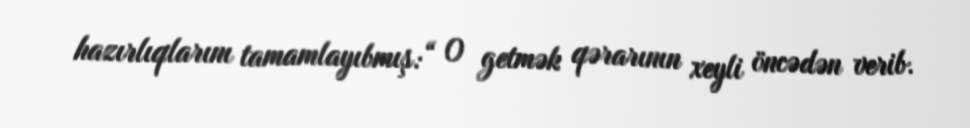
hazırlıqlarını tamamlayıbmış:“ O getmək qərarının xeyli öncədən verib.